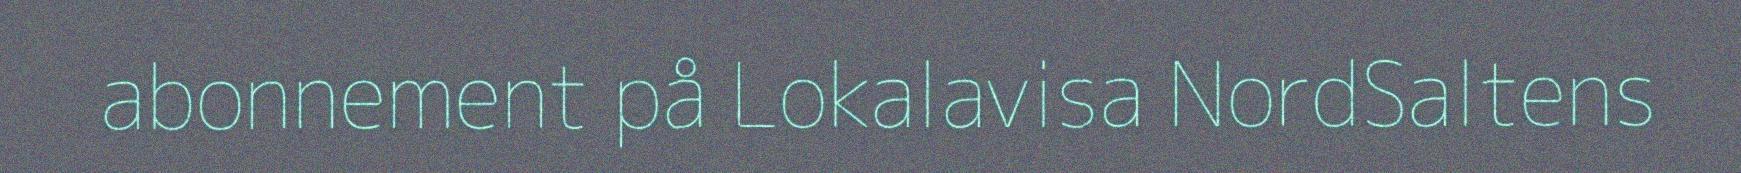
abonnement på Lokalavisa NordSaltens